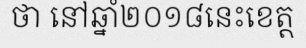
ថា នៅឆ្នាំ២០១៨នេះខេត្ត